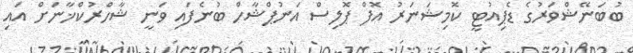
ބުބަނޭޝްވަރުގެ ޑެޕިއުޓީ ކޮމިޝަނަރު އޮފް ޕޮލިސް އަނުޕްޝާހް ބުނެފައި ވަނީ ޝާހްރުކްޚާނަށް އައި